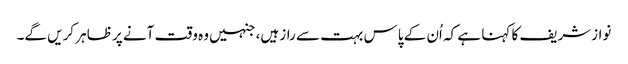
نوازشریف کا کہنا ہے کہ اُن کے پاس بہت سے راز ہیں، جنہیں وہ وقت آنے پر ظاہر کریں گے۔